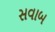
સવાબ